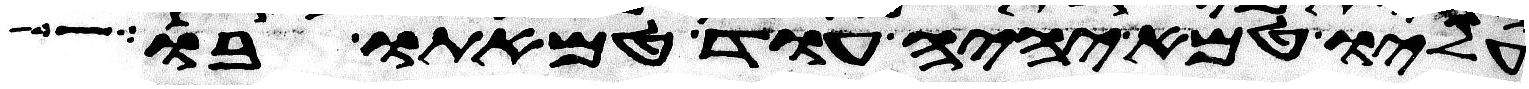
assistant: עליו טמא יהיה עוד טמאתו בו